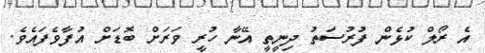
އެ ރޯލް ކުޅެން ފުރުސަތު ދިނީތީ އޭނާ ހުރީ ވަރަށް ބޮޑަށް އުފާވެފައެވެ.